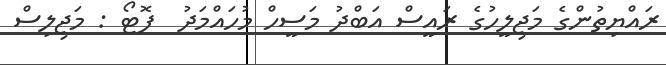
ރައްޔިތުންގެ މަޖިލީހުގެ ރައީސް އަބްދު މަސީހް މުހައްމަދު  ފޮޓޯ : މަޖިލިސް